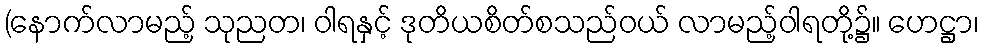
(နောက်လာမည့် သုညတ၊ ဝါရနှင့် ဒုတိယစိတ်စသည်ဝယ် လာမည့်ဝါရတို့၌။ ဟေဋ္ဌာ၊